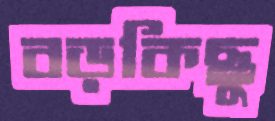
বড়কিছু